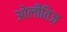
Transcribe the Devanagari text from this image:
ओलीतिज़